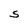
Character: S